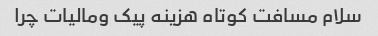
سلام مسافت کوتاه هزینه پیک ومالیات چرا